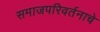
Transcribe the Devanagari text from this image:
समाजपरिवर्तनाचे